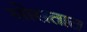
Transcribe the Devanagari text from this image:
सोसतात